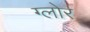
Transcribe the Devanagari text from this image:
ग्लोर